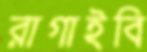
রাগাইবি